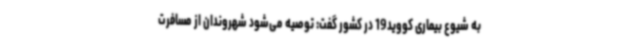
به شیوع بیماری کووید19 در کشور گفت: توصیه می‌شود شهروندان از مسافرت